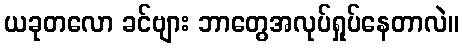
ယခုတလော ခင်ဗျား ဘာတွေအလုပ်ရှုပ်နေတာလဲ။